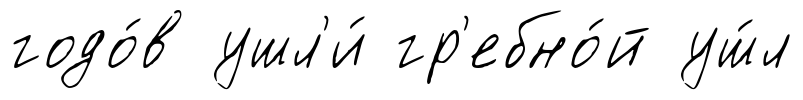
годо́в ушл'и́ гр'ебно́й уш́л